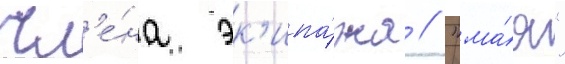
чл'е́на эк'ипа́жа // "ма́я"